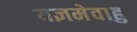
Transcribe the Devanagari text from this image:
यज्ञमेवाहु